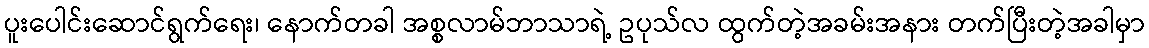
ပူးပေါင်းဆောင်ရွက်ရေး၊ နောက်တခါ အစ္စလာမ်ဘာသာရဲ့ ဥပုသ်လ ထွက်တဲ့အခမ်းအနား တက်ပြီးတဲ့အခါမှာ